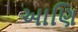
આણિ